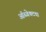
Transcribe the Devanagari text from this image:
ऑब्जेक्टचा